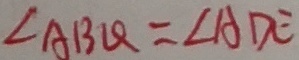
\angle A B Q = \angle A D E